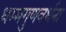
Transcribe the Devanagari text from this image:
धम्मगुणवर्धना